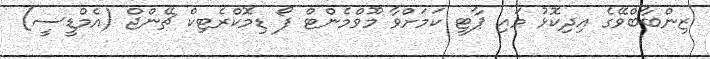
ޒިންބާބްވޭގެ އިދިކޮޅު މައި ޕާޓީ ކަމަށްވާ މޫވްމެންޓް ފޯ ޑިމޮކްރެޓިކް ޗޭންޖް (އެމްޑީސީ)